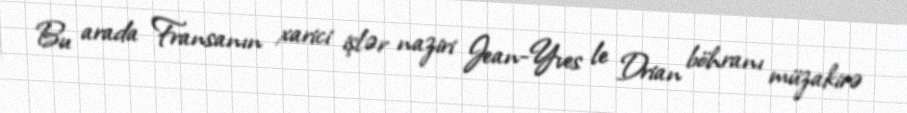
Bu arada Fransanın xarici işlər naziri Jean-Yves le Drian böhranı müzakirə